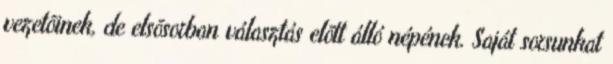
vezetõinek, de elsõsorban választás elõtt álló népének. Saját sorsunkat